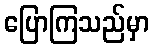
ပြောကြသည်မှာ